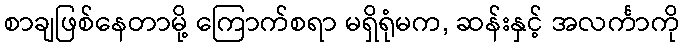
စာချဖြစ်နေတာမို့ ကြောက်စရာ မရှိရုံမက, ဆန်းနှင့် အလင်္ကာကို